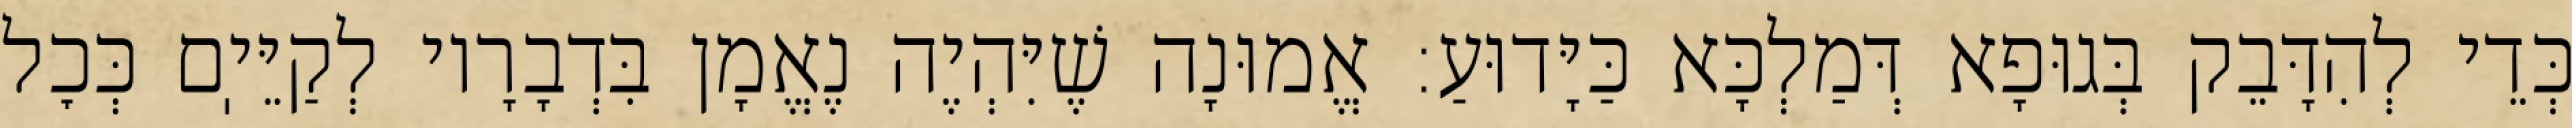
כְּדֵי לְהִדָּבֵק בְּגוּפָא דְּמַלְכָּא כַּיָּדוּעַ: אֱמוּנָה שֶׁיִּהְיֶה נֶאֱמָן בִּדְבָרָיו לְקַיֵּיֽם כְּכׇל